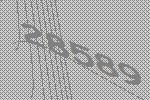
28589